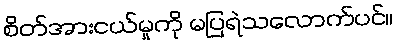
စိတ်အားငယ်မှုကို မပြရဲသလောက်ပင်။